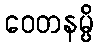
ဝေတနမ္ပိ